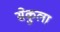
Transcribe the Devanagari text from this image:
सेकुला